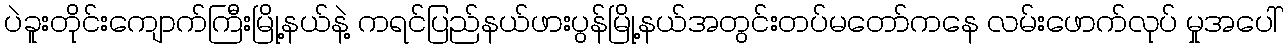
ပဲခူးတိုင်းကျောက်ကြီးမြို့နယ်နဲ့ ကရင်ပြည်နယ်ဖားပွန်မြို့နယ်အတွင်းတပ်မတော်ကနေ လမ်းဖောက်လုပ် မှုအပေါ်